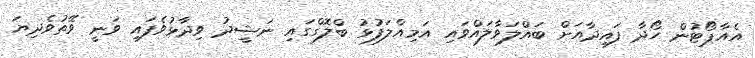
އެއާޕޯޓުން ހޯދާ ފައިދާއަށް ބައްލަވާލައްވައި އަމިއްލަފުޅު ބްލޮގްގައި ނަޝީދު ވިދާޅުވެފައި ވަނީ ވޭތުވެދިޔަ